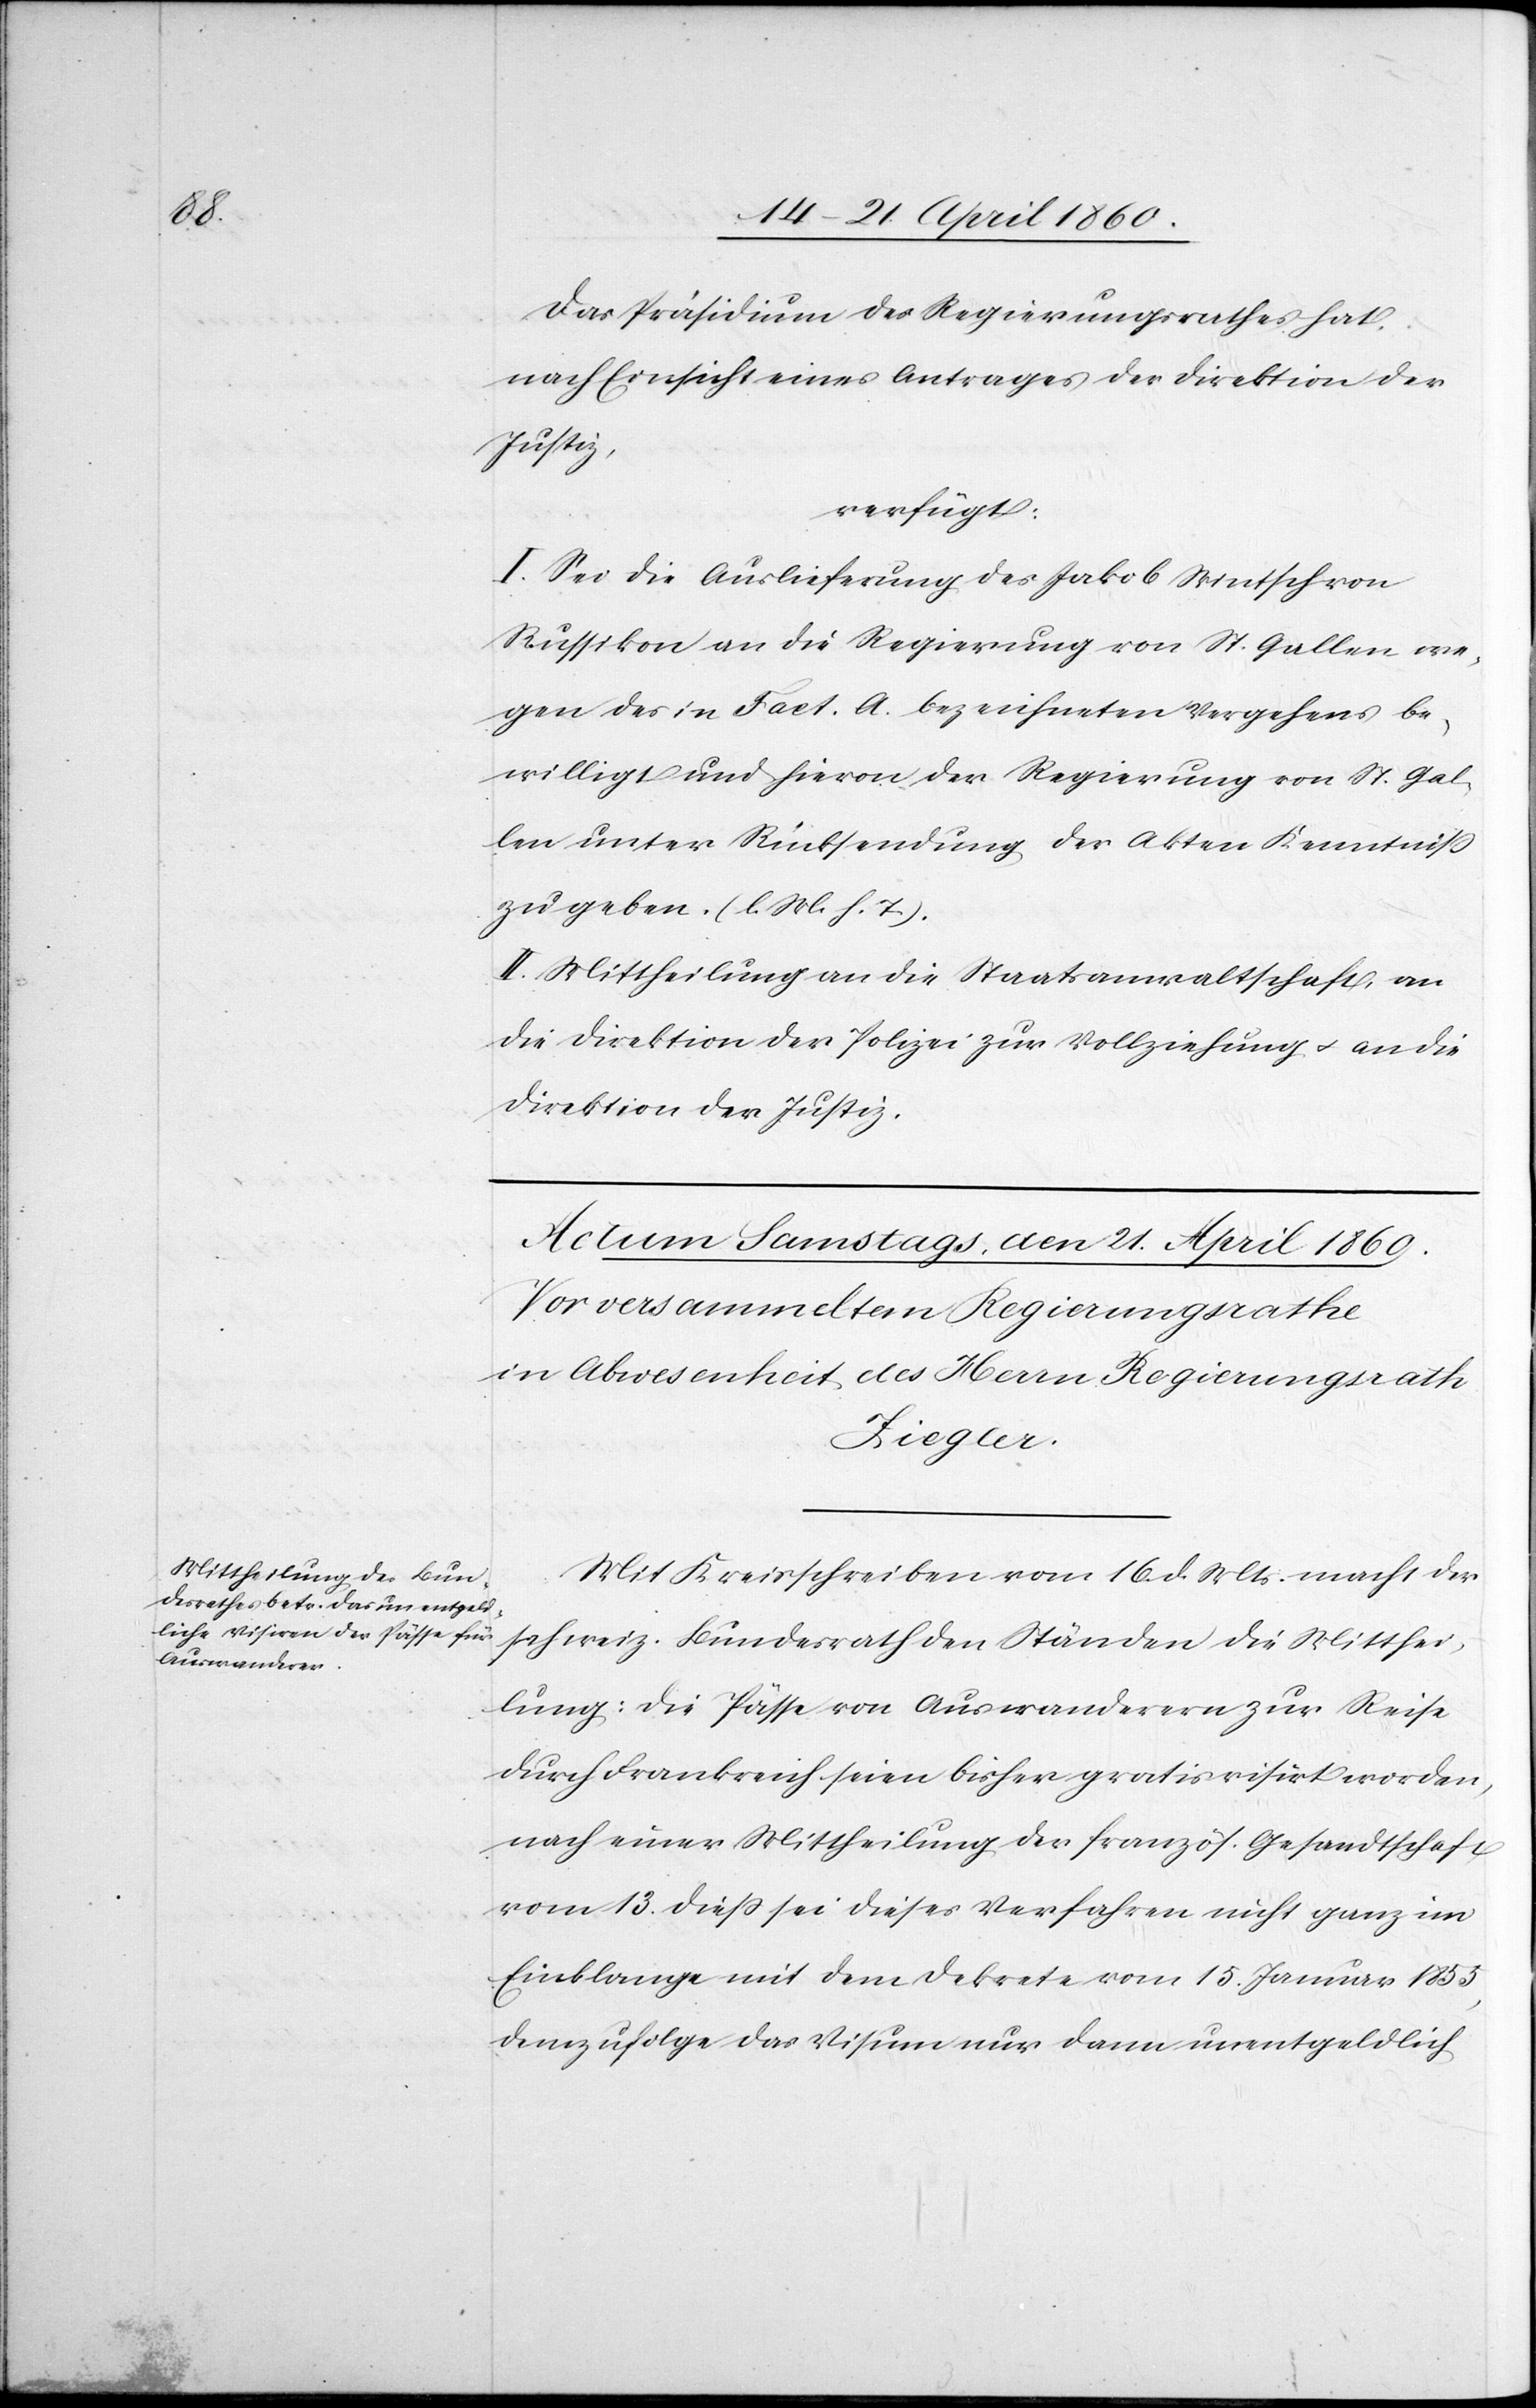
Das Präsidium des Regierungsrathes hat,
nach Einsicht eines Antrages der Direktion der
Justiz,
verfügt:
I. Sei die Auslieferung des Jakob Wintsch von
Russikon an die Regierung von St. Gallen we¬
gen des in Fact. A. bezeichneten Vergehens be¬
willigt und hievon der Regierung von St. Gal¬
len unter Rücksendung der Akten Kenntniss
zu geben. [l. M. h. T]
II. Mittheilung an die Staatsanwaltschaft, an
die Direktion der Polizei zur Vollziehung u. an die
Direktion der Justiz.
Mit Kreisschreiben vom 16. d. Mts. macht der
schweiz. Bundesrath den Ständen die Mitthei¬
lung: die Pässe von Auswanderern zur Reise
durch Frankreich seien bisher gratis visirt worden,
nach einer Mittheilung der französ. Gesandtschaft
vom 13. diess sei dieses Verfahren nicht ganz im
Einklange mit dem Dekrete vom 15. Januar 1855,
demzufolge das Visum nur dann unentgeldlich